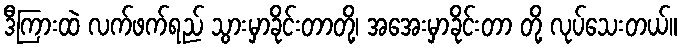
ဒီကြားထဲ လက်ဖက်ရည် သွားမှာခိုင်းတာတို့၊ အအေးမှာခိုင်းတာ တို့ လုပ်သေးတယ်။